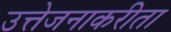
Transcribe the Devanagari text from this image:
उत्तेजनाकरीता